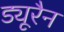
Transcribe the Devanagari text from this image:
ड्यूरैन